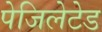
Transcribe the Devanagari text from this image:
पेजिलेटेड